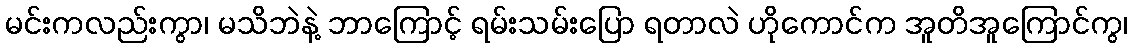
မင်းကလည်းကွာ၊ မသိဘဲနဲ့ ဘာကြောင့် ရမ်းသမ်းပြော ရတာလဲ ဟိုကောင်က အူတိအူကြောင်ကွ၊